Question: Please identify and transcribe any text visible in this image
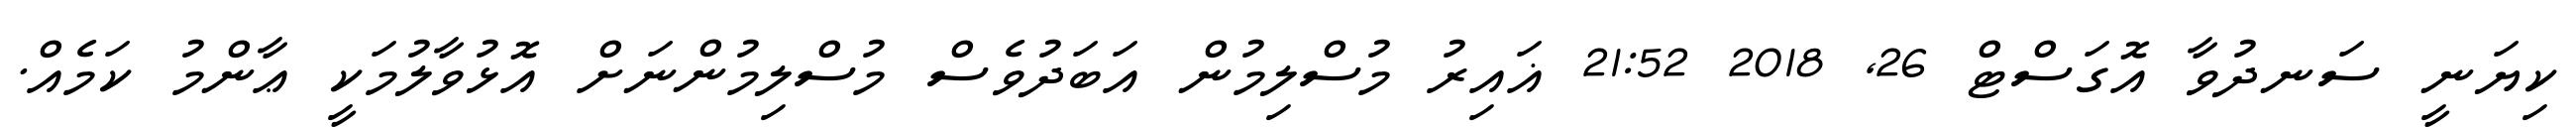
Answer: ކިޔަނީ ސަނދުވާ އޮގަސްޓް 26, 2018 21:52 ޣައިރު މުސްލިމުން އަބަދުވެސް މުސްލިމުންނަށް އޮޅުވާލުމަކީ ޢާންމު ކަމެއް.